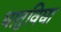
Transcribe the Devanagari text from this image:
धातुविद्या